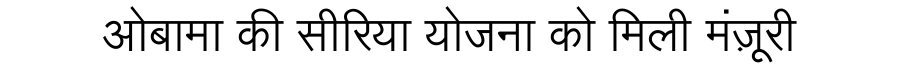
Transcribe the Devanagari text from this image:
ओबामा की सीरिया योजना को मिली मंज़ूरी